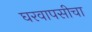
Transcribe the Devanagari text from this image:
घरवापसीचा